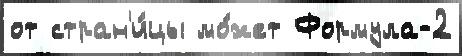
от стран'и́цы мо́жет Формула-2